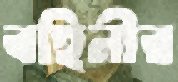
বহিনীর